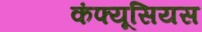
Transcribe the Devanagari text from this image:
कंफ्यूसियस